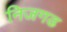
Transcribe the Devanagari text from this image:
निजगढ